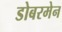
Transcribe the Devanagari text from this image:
डोबरमेन